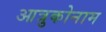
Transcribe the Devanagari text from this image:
आत्रुकोनाम